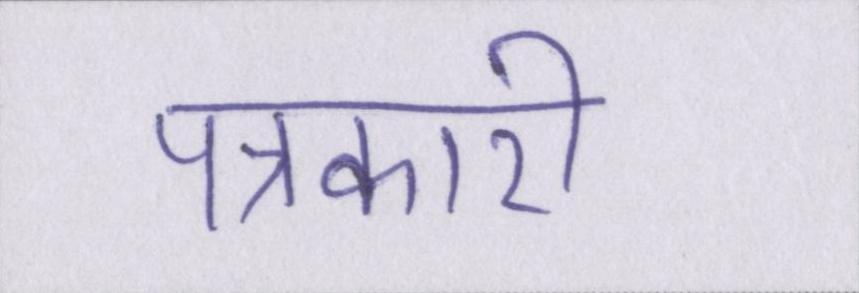
पत्रकारी